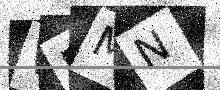
Text: WDMN